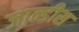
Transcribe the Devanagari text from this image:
जान्डीस